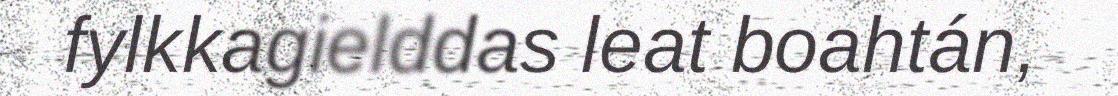
fylkkagielddas leat boahtán,